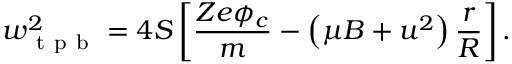
w _ { \mathrm { ~ t ~ p ~ b ~ } } ^ { 2 } = 4 S \left[ \frac { Z e \phi _ { c } } { m } - \left( \mu B + u ^ { 2 } \right) \frac { r } { R } \right] .